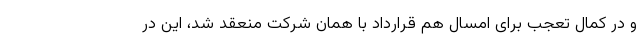
و در کمال تعجب برای امسال هم قرارداد با همان شرکت منعقد شد، این در